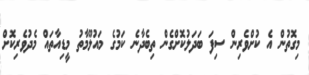
މިގޮތުން އެ ކުށްވެރިން ސިފަ ބަދަލުކޮށްގެން ތިބެދާނެ ކަމުގެ މައުލޫމާތު މީޑިއާތައް މެދުވެރިކޮށް